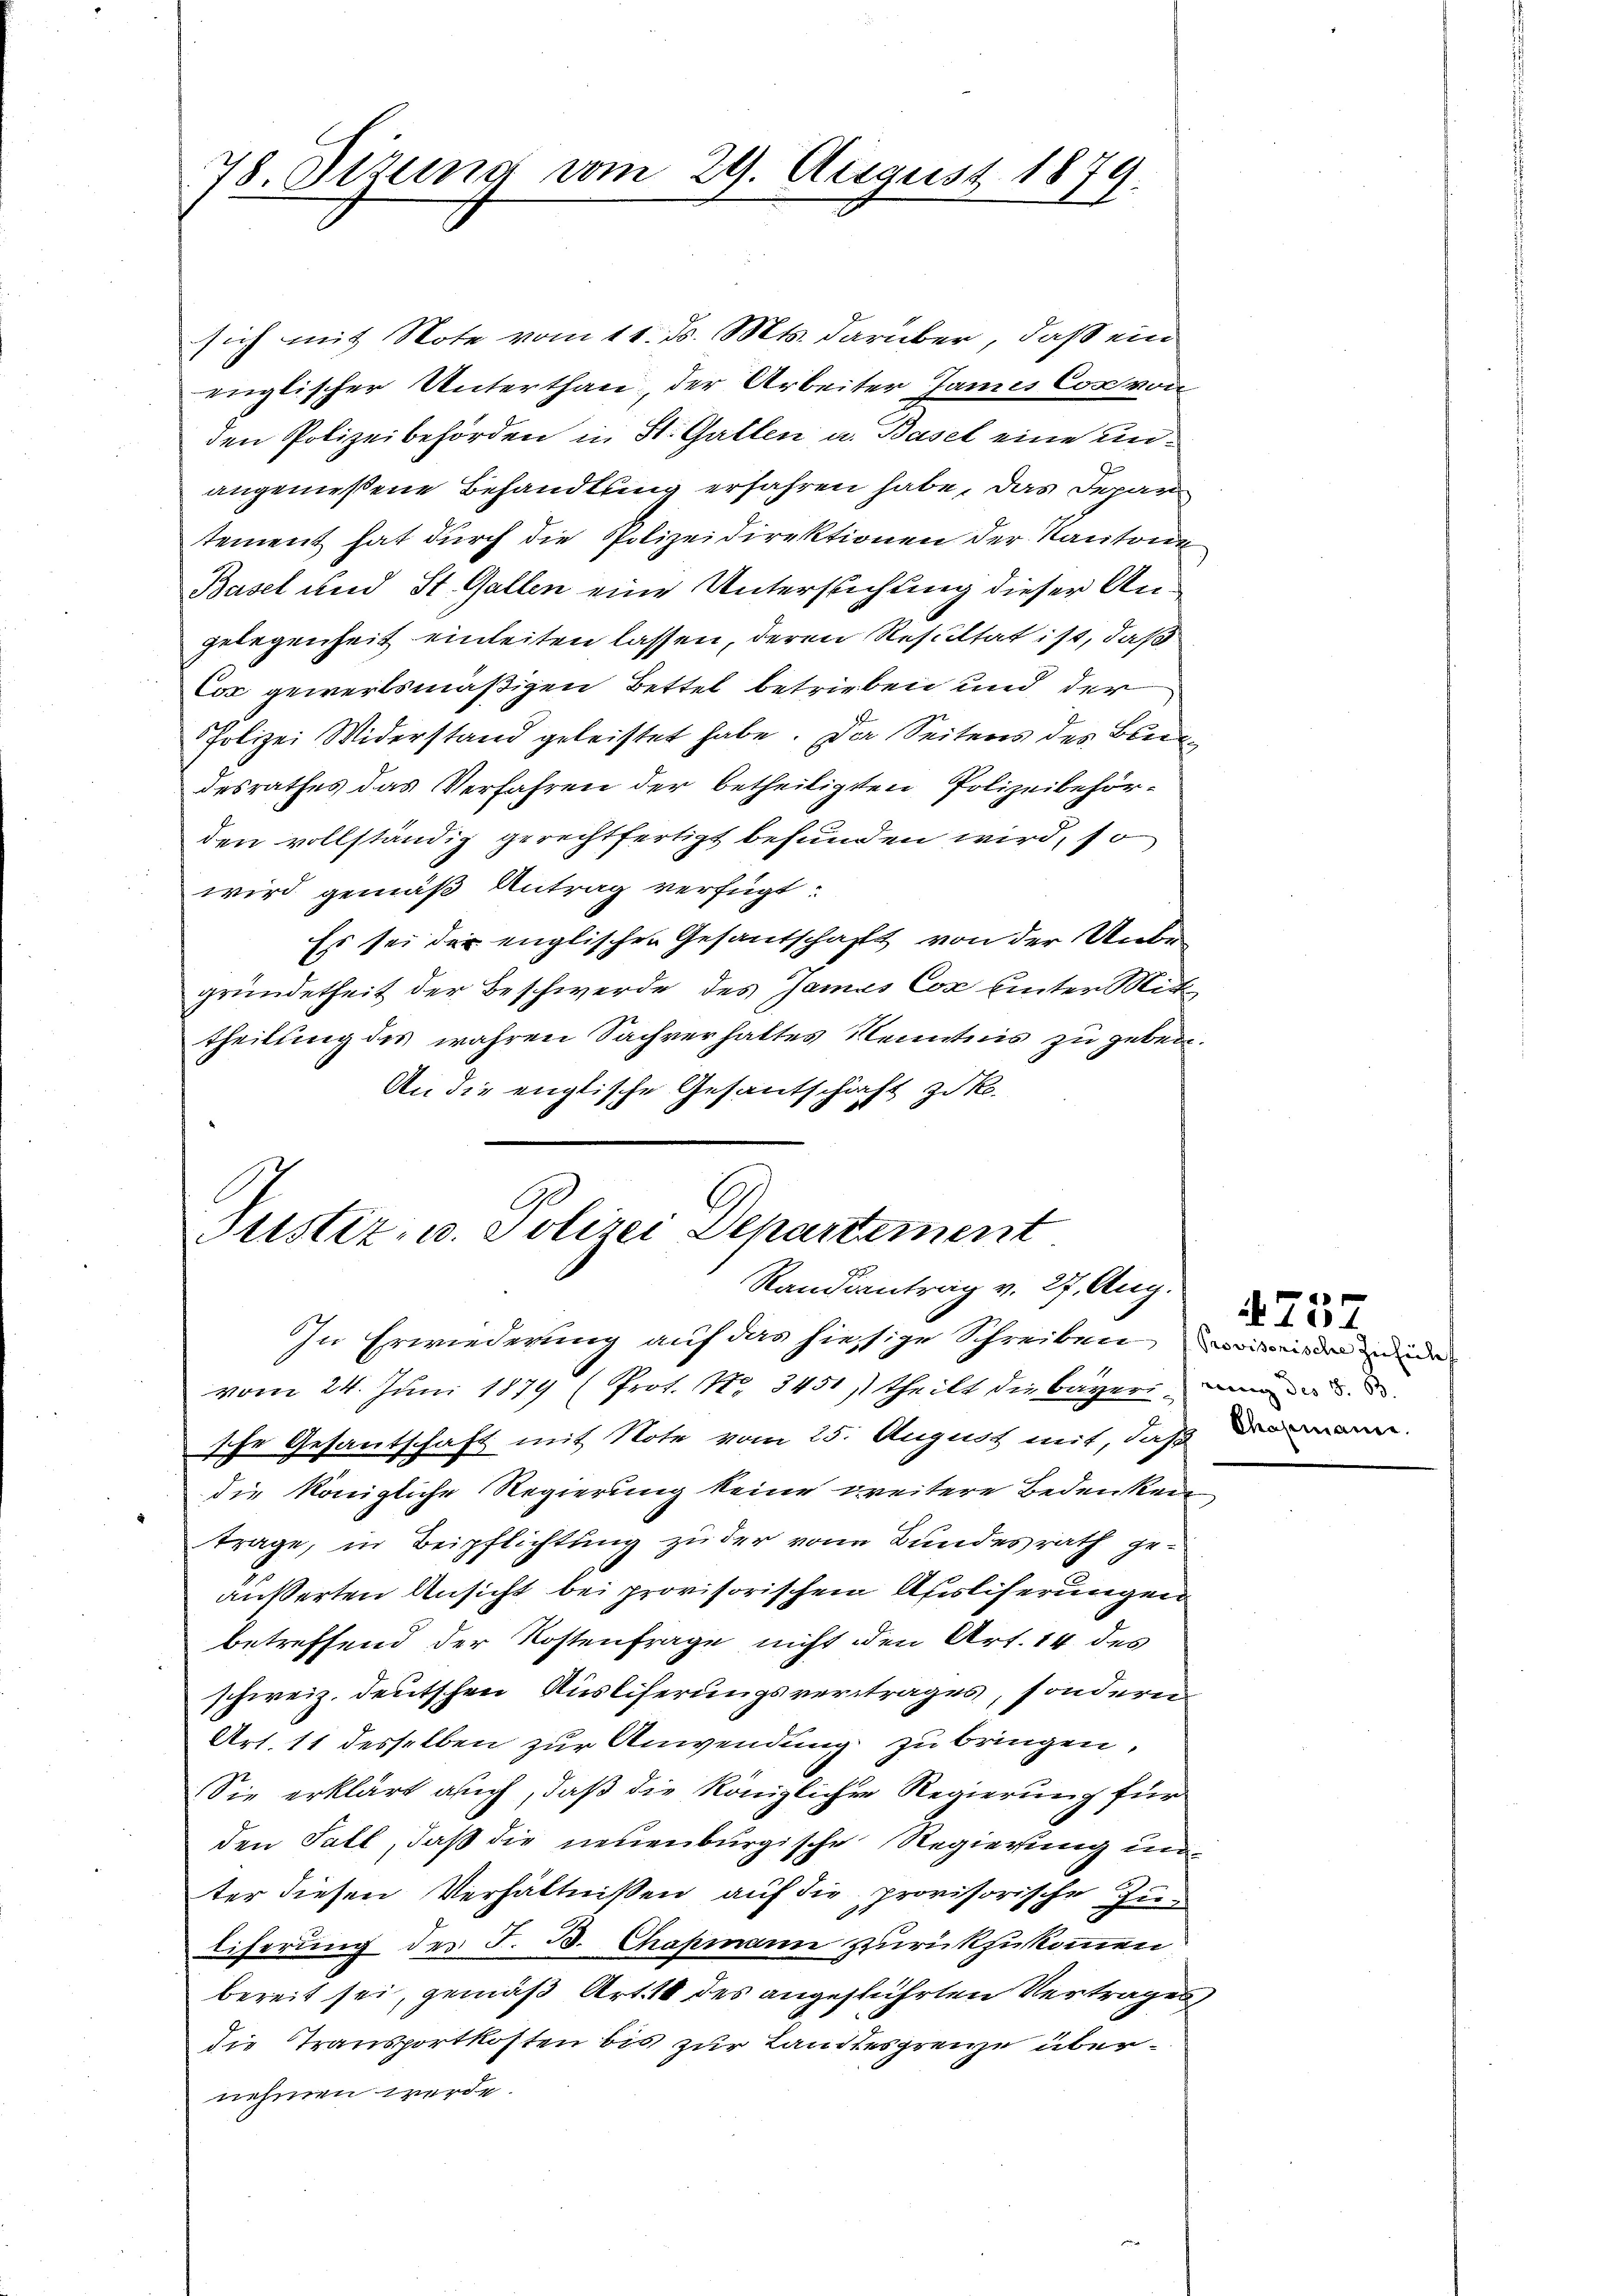
78 Dizung vom 29. August 1879.

sich mit Note vom 11. d. Mts. darüber, daß ein
englischer Unterthan der Arbeiter James Corvon
den Polizeibehörden in St. Gatten u. Basel eine unangemeßene Behandlung erfahren habe, das Depar
tement hat durch die Polizeidirektionen der Kantone
Basel und St. Gallen eine Untersuchung dieser Angelegenheit einleiten lassen, deren Resultat ist, daß
Cox gewertsmäßigen Bettel betrieben und der
Polizei Widerstand geleistet habe. Da Seitens des Bedesrathes das Verfahren der betheiligten Polizeibehörden vollständig gerechtfertigt befunden wird, so
wird gemäß Antrag verfügt:
Es sei der englischen Gesandschaft von der Unbegründetheit der Beschwerde des James Cor unter Mitt
theilung des wahren Sachverhaltes Kenntnis zu geben.
An die englische Gesantschaft zuko

Suster, u. Polizei Departement
Randiantrag v. 27. Aug.
In Erwiederung auf das hiesige Schreiben worden der

vom 24. Juni 1879 (Prot. Nr. 3451, theilt die bayeri
sche Gesantschaft mit Note vom 25. August mit, daß die ann
die königliche Regierung keine weitere Bedenken
trage, in Beipflichtung zu der von Bundesrath geäußerten Ansicht bei provisorischen Ausliserungen
betreffend der Kostenfrage nicht den Art. 14 des
schweiz. deutschen Auslieferungsvertrages, sondern
Art. 11 desselben zur Anwendung zu bringen.
Sie erklärt auch, daß die königliche Regierung für
den Fall, daß die neuenburgische Regierung unter diesen Verhältnißen auf die provisorische Zu¬
Eiferung des J. B. Chapmann zurückzukommen.
bereit sei, gemäß Art. 18 des angeführten Vertrages
die Transportkosten bis zur Landtesgrenze übernehmen werde.

4757